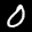
Label: 0